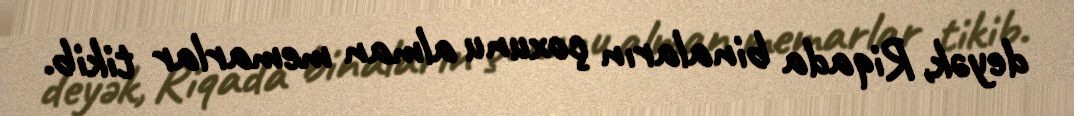
deyək, Riqada binaların çoxunu alman memarlar tikib.